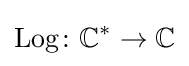
\operatorname {Log} \colon \mathbb {C} ^{*}\to \mathbb {C}